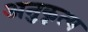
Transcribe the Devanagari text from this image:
अनुकृत्य